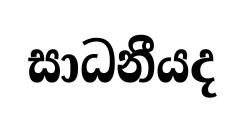
සාධනීයද